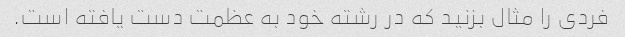
فردی را مثال بزنید که در رشته خود به عظمت دست یافته است.